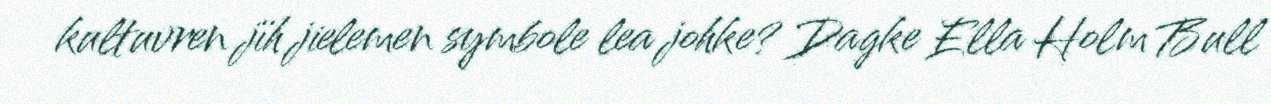
kultuvren jïh jielemen symbole lea johke? Dagke Ella Holm Bull